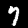
Digit: 7